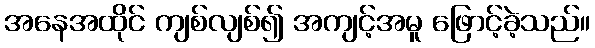
အနေအထိုင် ကျစ်လျစ်၍ အကျင့်အမူ ဖြောင့်ခဲ့သည်။